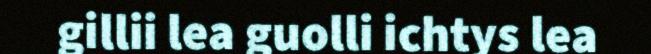
gillii lea guolli ichtys lea